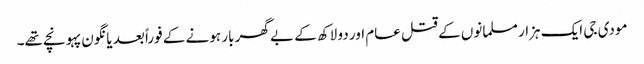
مودی جی ایک ہزار مسلمانوں کے قتل عام اور دو لاکھ کے بے گھر بار ہونے کے فوراً بعد یانگون پہونچے تھے۔